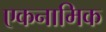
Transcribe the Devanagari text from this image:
एकनामिक